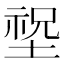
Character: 𡎺